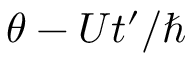
\theta - U t ^ { \prime } / \hbar